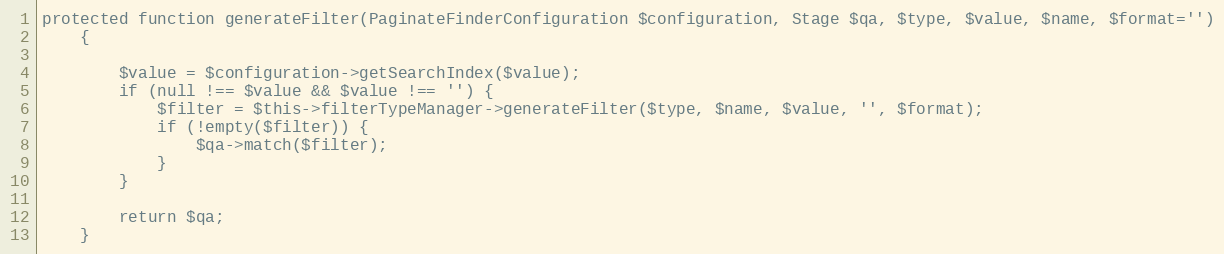
Language: PHP
protected function generateFilter(PaginateFinderConfiguration $configuration, Stage $qa, $type, $value, $name, $format='')
    {

        $value = $configuration->getSearchIndex($value);
        if (null !== $value && $value !== '') {
            $filter = $this->filterTypeManager->generateFilter($type, $name, $value, '', $format);
            if (!empty($filter)) {
                $qa->match($filter);
            }
        }

        return $qa;
    }